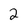
Character: 2